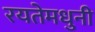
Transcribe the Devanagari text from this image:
रयतेमधुनी